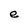
Character: e